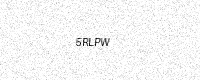
Text: 5RLPW